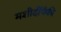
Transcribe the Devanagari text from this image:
मशीदींपैकी